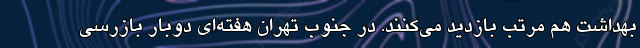
بهداشت هم مرتب بازدید می‌کنند. در جنوب تهران هفته‌ای دوبار بازرسی